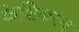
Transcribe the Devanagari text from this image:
केशिकत्व